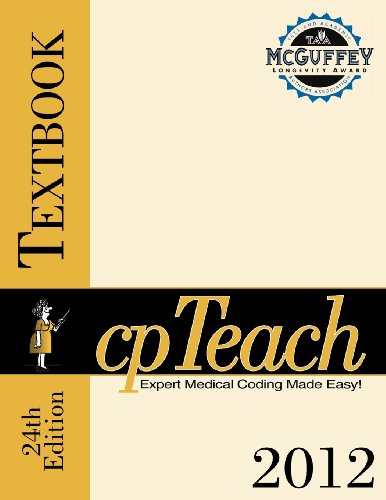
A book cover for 2012 cpTeach Textbook; Patrice T. Morin-Spatz; Medical Books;